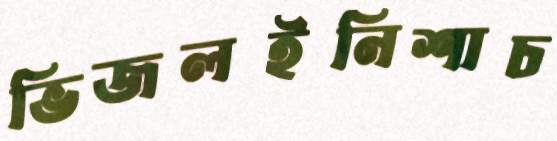
ভিজলইনিশাচ